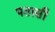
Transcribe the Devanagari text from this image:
पतासी